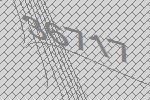
36717